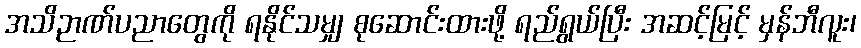
အသိဉာဏ်ပညာတွေကို ရနိုင်သမျှ စုဆောင်းထားဖို့ ရည်ရွယ်ပြီး အဆင့်မြင့် မှန်ဘီလူး၊